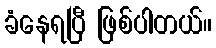
ခံနေရပြီ ဖြစ်ပါတယ်။